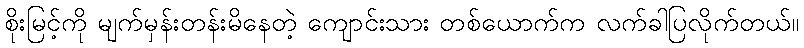
စိုးမြင့်ကို မျက်မှန်းတန်းမိနေတဲ့ ကျောင်းသား တစ်ယောက်က လက်ခါပြလိုက်တယ်။